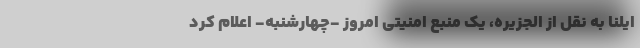
ایلنا به نقل از الجزیره، یک منبع امنیتی امروز -‌چهارشنبه- اعلام کرد